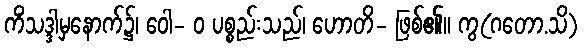
ကိံသဒ္ဒါမှနောက်၌၊ ဝေါ- ဝ ပစ္စည်းသည်၊ ဟောတိ- ဖြစ်၏။ ကွ(ဂတော.သိ)